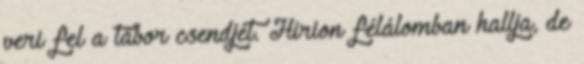
veri fel a tábor csendjét. Hirion félálomban hallja, de